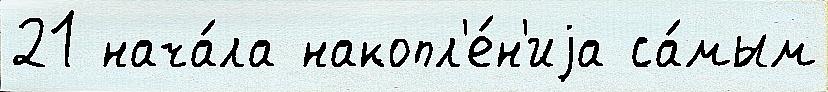
21 нача́ла накопл'е́н'иjа са́мым